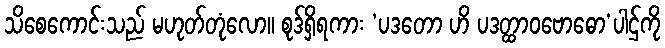
သိစေကောင်းသည် မဟုတ်တုံလော။ စုဒ်ရှိရကား ‘ပဒတော ဟိ ပဒတ္ထာဝဗောဓော’ပါဌ်ကို